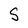
Character: S